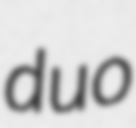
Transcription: duo